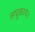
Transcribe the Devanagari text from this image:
लघुकाय।